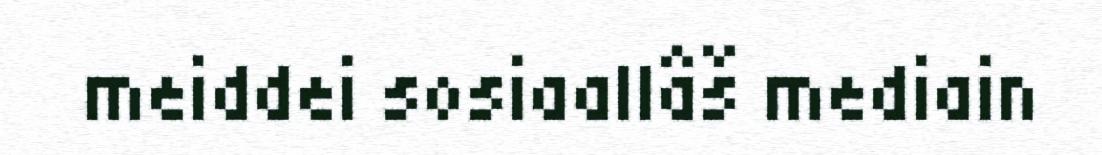
meiddei sosiaallâš mediain